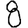
Digit: 8